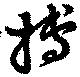
搏